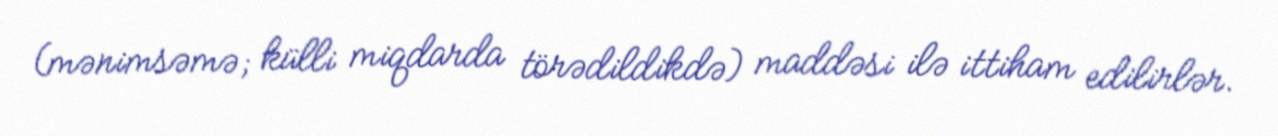
(mənimsəmə; külli miqdarda törədildikdə) maddəsi ilə ittiham edilirlər.